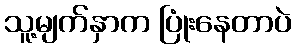
သူ့မျက်နှာက ပြုံးနေတာပဲ